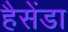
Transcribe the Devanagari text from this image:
हैसेंडा